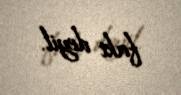
fakt deyil.